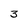
Character: 3